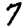
Digit: 7